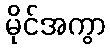
မိုင်အကွာ